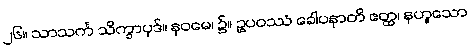
၂၆။ သာသင်္က သိက္ခာပုဒ်။ နဝမေ၊ ၌။ ဥပဝဿံ ခေါပနာတိ ဧတ္ထ၊ နဟူသော